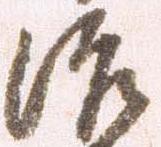
治